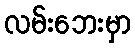
လမ်းဘေးမှာ